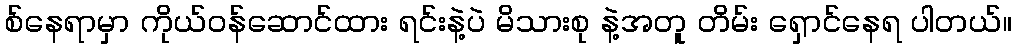
စ်နေရာမှာ ကိုယ်ဝန်ဆောင်ထား ရင်းနဲ့ပဲ မိသားစု နဲ့အတူ တိမ်း ရှောင်နေရ ပါတယ်။